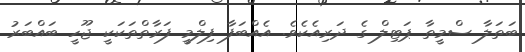
ބަތަލާ ސްމީތާ ޕަޓިލް ގެ ދަރިއެކެވެ. އެއްބަފާ ފިލްމީ ފަރާތްތަކަކީ ޖޫހީ ބައްބަރު